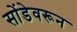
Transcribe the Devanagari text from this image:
सोंडेवरून